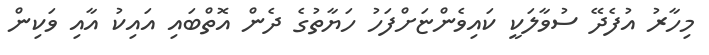
މިހާރު އުފެދޭ ސުވާލަކީ ކައިވެންޏަށްފަހު ހަޔާތުގެ ދެން އޮތްބައި އައިކު އާއި ވަކިން